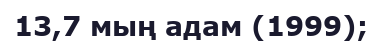
13,7 мың адам (1999);